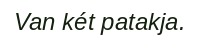
Van két patakja.